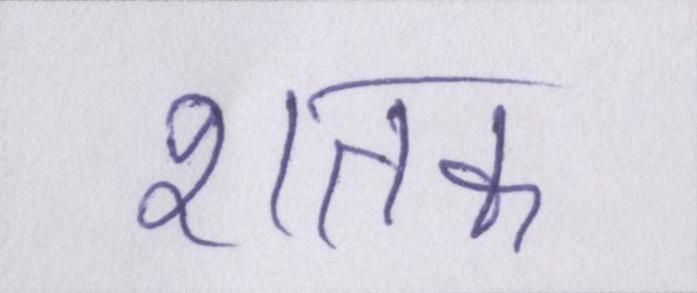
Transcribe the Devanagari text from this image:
शतक